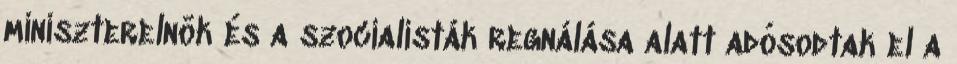
miniszterelnök és a szocialisták regnálása alatt adósodtak el a